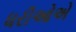
ધરીઓએ